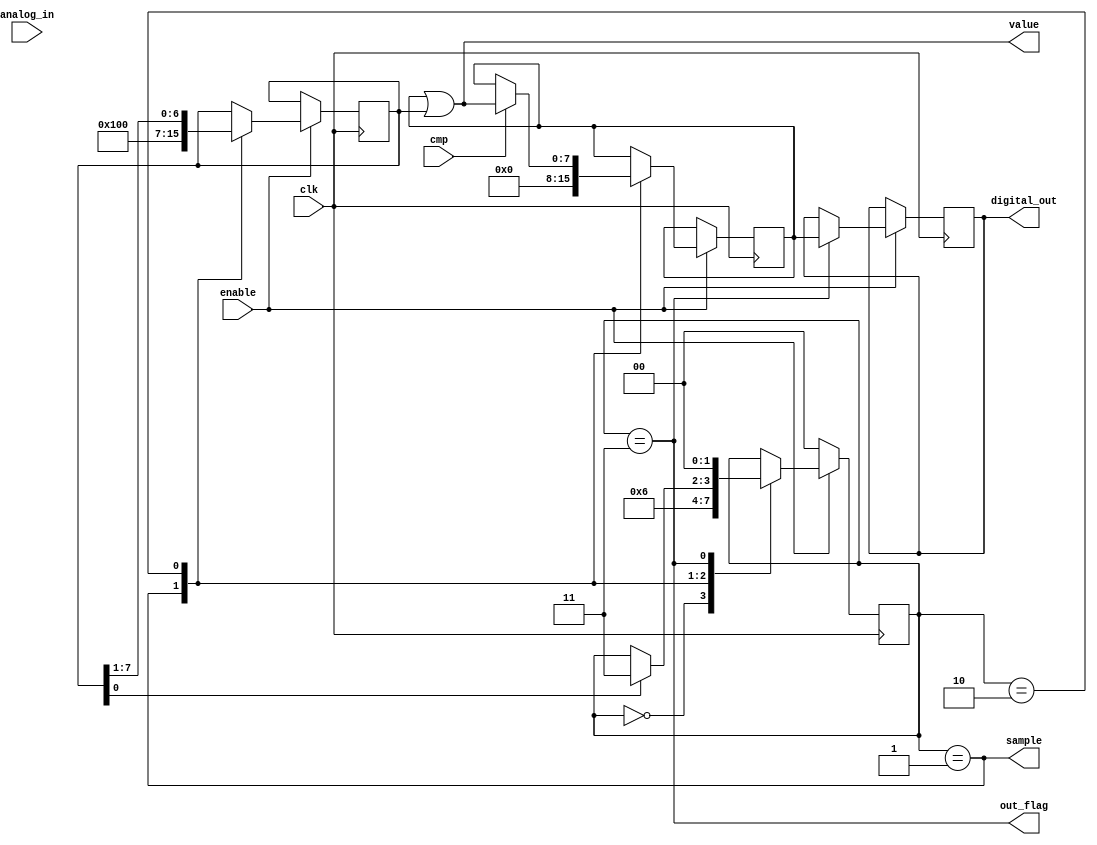
module ADC_SAR1(
	output reg [7:0] digital_out,	//8 bit digital output
	output out_flag,			 	//will be 1 when conversion is completed				
	output sample,
	output [7:0] value,
	input cmp,
	input [63:0] analog_in,			//64 bit real signal (converted into bits)
	input clk,						//clock input
	input enable					//enable signal which drives the module
	);
	
	//State assignment for all combinations
	parameter STATE_WAIT = 0;
	parameter STATE_SAMPLE = 1;
	parameter STATE_CONVERT = 2;
	parameter STATE_DONE = 3;
	
	//connection assignment
	
	reg [1:0] state;
	reg [7:0] temp;
	reg [7:0] result;
	
	
	//* SAR code generation
	//* Comparision of input signal
	//* updating the result and digital_out
	always@(posedge clk) begin
		if(!enable) 
			state <= STATE_WAIT;
		else begin
			case(state)
				STATE_WAIT:								//wait until enable is 1 and sample of input is aquired	
					state <= STATE_SAMPLE;
				STATE_SAMPLE:begin						//capture sampl and initialize SAR registers
					state <= STATE_CONVERT;
					temp <= 8'b10000000;
					result <= 8'b0;
				end
				STATE_CONVERT:begin						
				//compare the signal with SAR generated signal and update with respect to temp value
					if(cmp) 
						result <= result | temp;
					temp <= temp >> 1;
					if(temp[0]) 
						state <= STATE_DONE;
					end
				STATE_DONE:begin						//Tap the result ot output
					digital_out <= result;
					if(enable)
						state <= STATE_WAIT;
					end
			endcase
		end		
	end
	//update the status of flags
	assign sample = (state == STATE_SAMPLE);
	assign value = result | temp;
	assign out_flag = (state == STATE_DONE);
	
endmodule